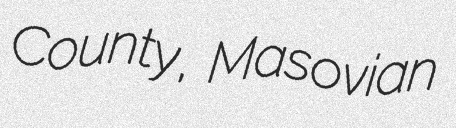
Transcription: County, Masovian